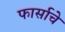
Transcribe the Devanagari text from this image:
फार्साचे